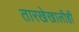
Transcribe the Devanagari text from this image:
तारखेखालीही